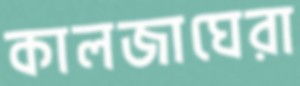
কালজাঘেরা